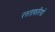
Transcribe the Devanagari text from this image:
रस्ताफरियों